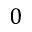
0